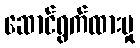
ဆောင်ရွက်ထားမှု